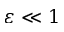
\varepsilon \ll 1